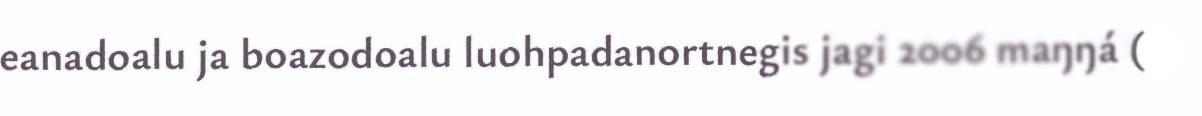
eanadoalu ja boazodoalu luohpadanortnegis jagi 2006 maŋŋá (